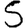
Digit: 5